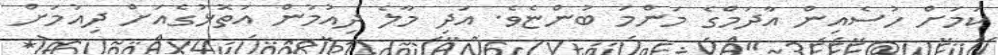
ކަމަށް ހުސެއިން އާދަމްގެ މަންމަ ބުންޏެވެ. އަދި މާލެ ދިއުމުން އަތޮޅުގެއަށް ދިއުމަށް